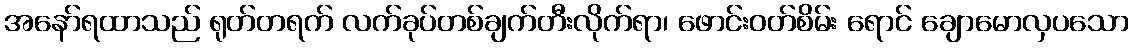
အနော်ရထာသည် ရုတ်တရက် လက်ခုပ်တစ်ချက်တီးလိုက်ရာ၊ ဖောင်းဝတ်စိမ်း ရောင် ချောမောလှပသော